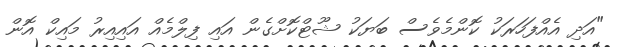
"އަދި އެއްފަހަރަކު ކޮންމެވެސް ބަޔަކު ޝޫޓްކޮށްގެން އައި ފިލްމެއް އައިއިރު މައިކް އޮން